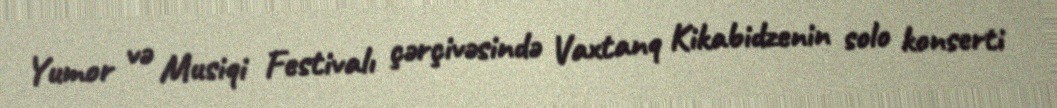
Yumor və Musiqi Festivalı çərçivəsində Vaxtanq Kikabidzenin solo konserti